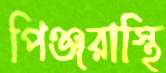
পিঞ্জরাস্থি